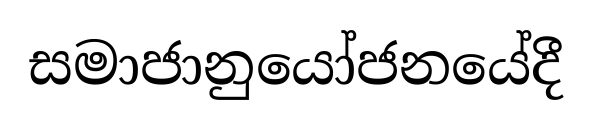
සමාජානුයෝජනයේදී